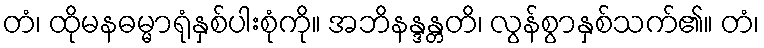
တံ၊ ထိုမနဓမ္မာရုံနှစ်ပါးစုံကို။ အဘိနန္ဒန္တတိ၊ လွန်စွာနှစ်သက်၏။ တံ၊